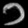
Digit: ၁